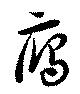
雁